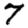
Digit: 7